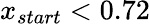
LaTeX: x_{start}<0.72